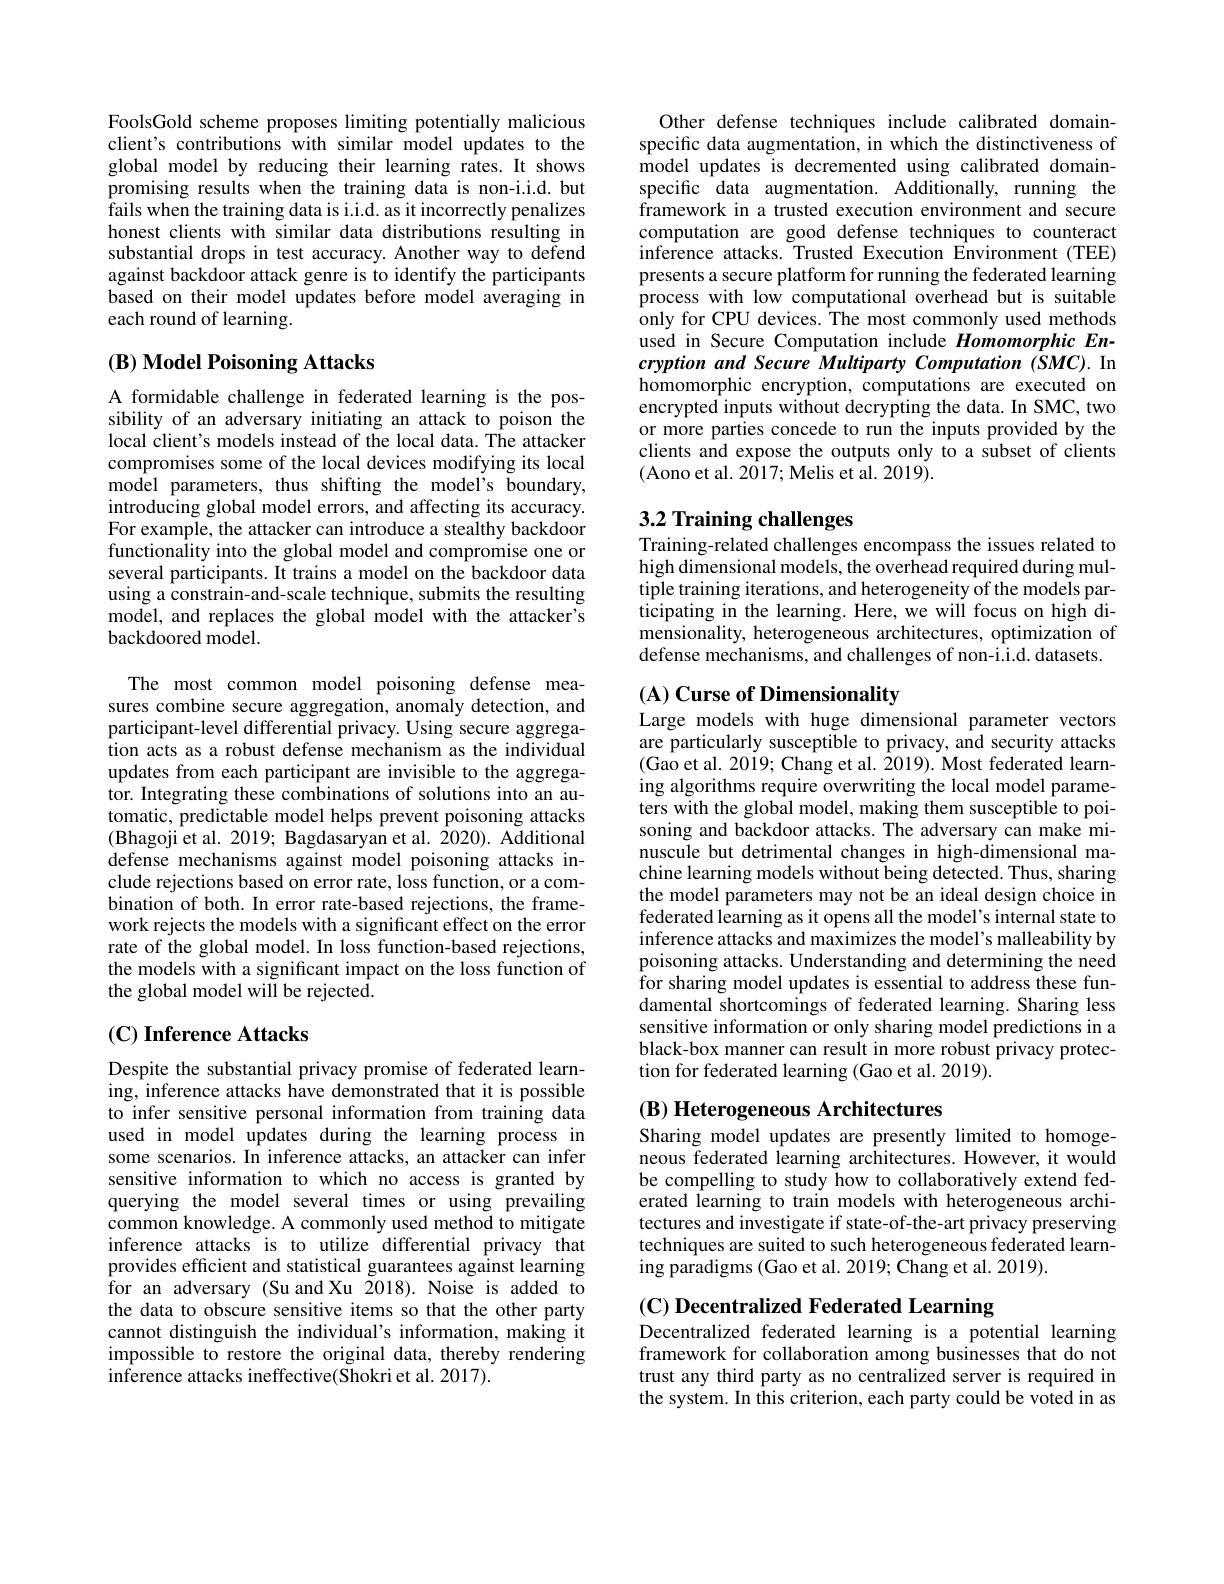
FoolsGold scheme proposes limiting potentially malicious client's contributions with similar model updates to the global model by reducing their learning râtes. It shows promising results when the training data is non-i.i.d. but fails when the training data is i.i.d. as it incorrectly penalizes honest clients with similar data distributions resulting in substantial drops in test accuracy. Another way to defend against backdoor attack genre is to identify the participants based on their model updates before model averaging in each round of learning.

## $( \mathbf{B} ) \textbf{ Model Poisoning Attacks}$

A formidable challenge in federated learning is the possibility of an adversary initiating an attack to poison the local client's models instead of the local data. The attacker compromises some of the local devices modifying its local model parameters, thus shifting the model's boundary, introducing global model errors, and affecting its accuracy. For example, the attacker can introduce a stealthy backdoor functionality into the global model and compromise one or several participants. It trains a model on the backdoor data using a constrain-and-scale technique, submits the resulting model, and replaces the global model with the attacker's backdoored model.

The most common model poisoning defense measures combine secure aggregation, anomaly detection, and participant-level differential privacy. Using secure aggregation acts as a robust defense mechanism as the individual updates from each participant are invisible to the aggregator. Integrating these combinations of solutions into an automatic, predictable model helps prevent poisoning attacks (Bhagoji et al. 2019; Bagdasaryan et al. 2020). Additional defense mechanisms against model poisoning attacks include rejections based on error rate, loss function, or a combination of both. In error rate-based rejections, the framework rejects the models with a significant effect on the error rate of the global model. In loss function-based rejections, the models with a significant impact on the loss function of the global model will be rejected.

## $( \mathbf{C} ) \textbf{ Inference Attacks}$

Despite the substantial privacy promise of federated learning, inference attacks have demonstrated that it is possible to infer sensitive personal information from training data used in model updates during the learning process in some scenarios. In inference attacks, an attacker can infer sensitive information to which no access is granted by querying the model several times or using prevailing common knowledge. A commonly used method to mitigate inference attacks is to utilize differential privacy that provides efficient and statistical guarantees against learning $\hat{f}$or an adversary ( Su and Xu $\tilde{2}$018) . Noise is added to the data to obscure sensitive items so that the other party cannot distinguish the individual's information, making it impossible to restore the original data, thereby rendering inference attacks ineffective(Shokri et al. 2017).

Other defense techniques include calibrated domainspecific data augmentation, in which the distinctiveness of model updates is decremented using calibrated domainspecific data augmentation. Additionally, running the framework in a trusted execution environment and secure computation are good defense techniques to counteract inference attacks. Trusted Execution Environment (TEE) presents a secure platform for running the federated learning process with low computational overhead but is suitable only for CPU devices. The most commonly used methods used in Secure Computation include Homomorphic Encryption and Secure Multiparty Computation (SMC). In homomorphic encryption, computations are executed on encrypted inputs without decrypting the data. In SMC, two or more parties concede to run the inputs provided by the clients and expose the outputs only to a subset of clients (Aono et al. 2017; Melis et al. 2019).

# 3.2 Training challenges Training-related challenges encompass the issues related to

high dimensional models, the overhead required during multiple training iterations, and heterogeneity of the models participating in the learning. Here, we will focus on high dimensionality, heterogeneous architectures, optimization of defense mechanisms, and challenges of non-i.i.d. datasets.

## $( \mathbf{A} ) \textbf{Curse of Dimensionality}$

Large models with huge dimensional parameter vectors are particularly susceptible to privacy, and security attacks (Gao et al. 2019; Chang et al. 2019). Most federated learning algorithms require overwriting the local model parameters with the global model, making them susceptible to poisoning and backdoor attacks. The adversary can make minuscule but detrimental changes in high-dimensional machine learning models without being detected. Thus, sharing the model parameters may not be an ideal design choice in federated learning as it opens all the model's internal state to inference attacks and maximizes the model's malleability by poisoning attacks. Understanding and determining the need for sharing model updates is essential to address these fundamental shortcomings of federated learning. Sharing less sensitive information or only sharing model predictions in a black-box manner can result in more robust privacy protection for federated learning (Gao et al. 2019).

(B) Heterogeneous Architectures

Sharing model updates are presently limited to homogeneous federated learning architectures. However, it would be compelling to study how to collaboratively extend federated learning to train models with heterogeneous architectures and investigate if state-of-the-art privacy preserving techniques are suited to such heterogeneous federated learning paradigms (Gao et al. 2019; Chang et al. 2019).

(C) Decentralized Federated Learning

Decentralized federated learning is a potential learning framework for collaboration among businesses that do not trust any third party as no centralized server is required in the system. In this criterion, each party could be voted in as